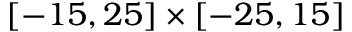
[ - 1 5 , 2 5 ] \times [ - 2 5 , 1 5 ]